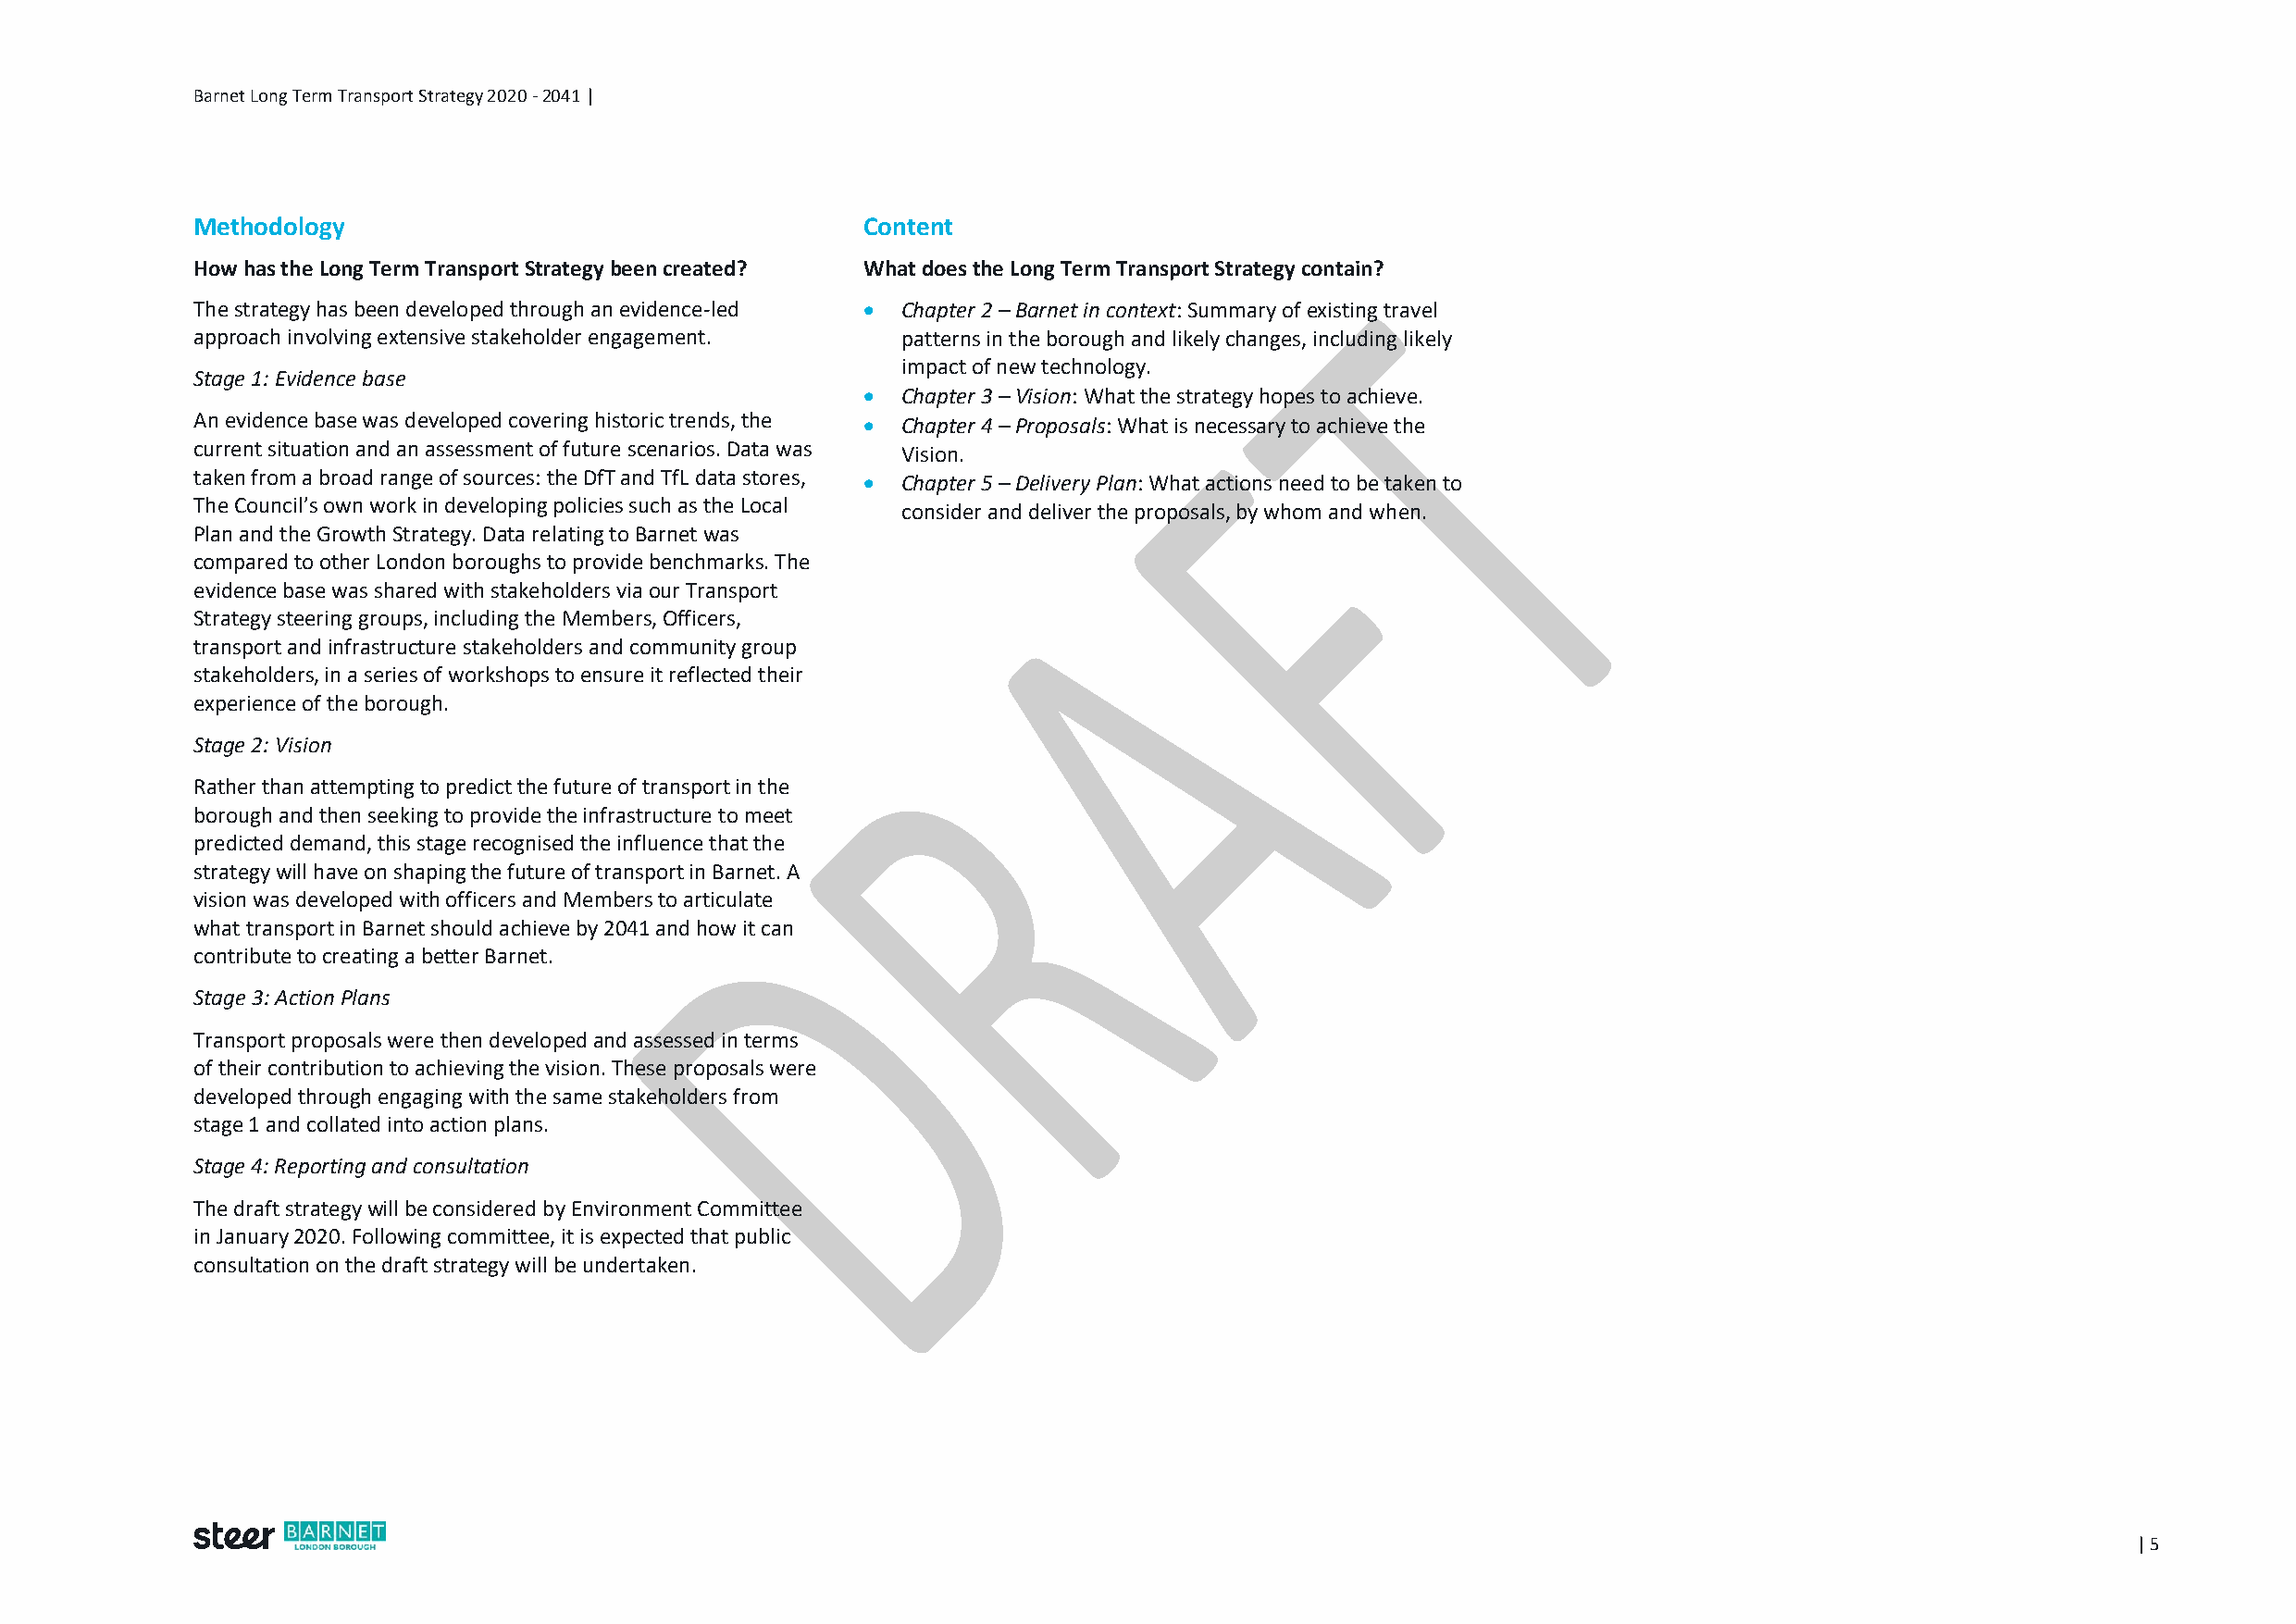
Barnet Long Term Transport Strategy 2020 - 2041 |
 Methodology                                     Content
 How has the Long Term Transport Strategy been created? What does the Long Term Transport Strategy contain?
 The strategy has been developed through an evidence-led  Chapter 2 – Barnet in context: Summary of existing travel
 approach involving extensive stakeholder engagement. patterns in the borough and likely changes, including likely
 impact of new technology.
 Stage 1: Evidence base
  Chapter 3 – Vision: What the strategy hopes to achieve.
 An evidence base was developed covering historic trends, the  Chapter 4 – Proposals: What is necessary to achieve the
 current situation and an assessment of future scenarios. Data was Vision.
 taken from a broad range of sources: the DfT and TfL data stores,  Chapter 5 – Delivery Plan: What actions need to be taken to
 The Council’s own work in developing policies such as the Local
 consider and deliver the proposals, by whom and when.
 Plan and the Growth Strategy. Data relating to Barnet was
 compared to other London boroughs to provide benchmarks. The
 evidence base was shared with stakeholders via our Transport
 Strategy steering groups, including the Members, Officers,
 transport and infrastructure stakeholders and community group
 stakeholders, in a series of workshops to ensure it reflected their
 experience of the borough.
 Stage 2: Vision
 Rather than attempting to predict the future of transport in the
 borough and then seeking to provide the infrastructure to meet
 predicted demand, this stage recognised the influence that the
 strategy will have on shaping the future of transport in Barnet. A
 vision was developed with officers and Members to articulate
 what transport in Barnet should achieve by 2041 and how it can
 contribute to creating a better Barnet.
 Stage 3: Action Plans
 Transport proposals were then developed and assessed in terms
 of their contribution to achieving the vision. These proposals were
 developed through engaging with the same stakeholders from
 stage 1 and collated into action plans.
 Stage 4: Reporting and consultation
 The draft strategy will be considered by Environment Committee
 in January 2020. Following committee, it is expected that public
 consultation on the draft strategy will be undertaken.
 | 5